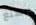
الهلع